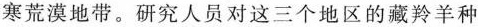
寒荒漠地带。研究人员对这三个地区的藏羚羊种